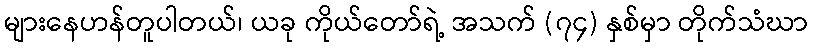
များနေဟန်တူပါတယ်၊ ယခု ကိုယ်တော်ရဲ့ အသက် (၇၄) နှစ်မှာ တိုက်သံဃာ